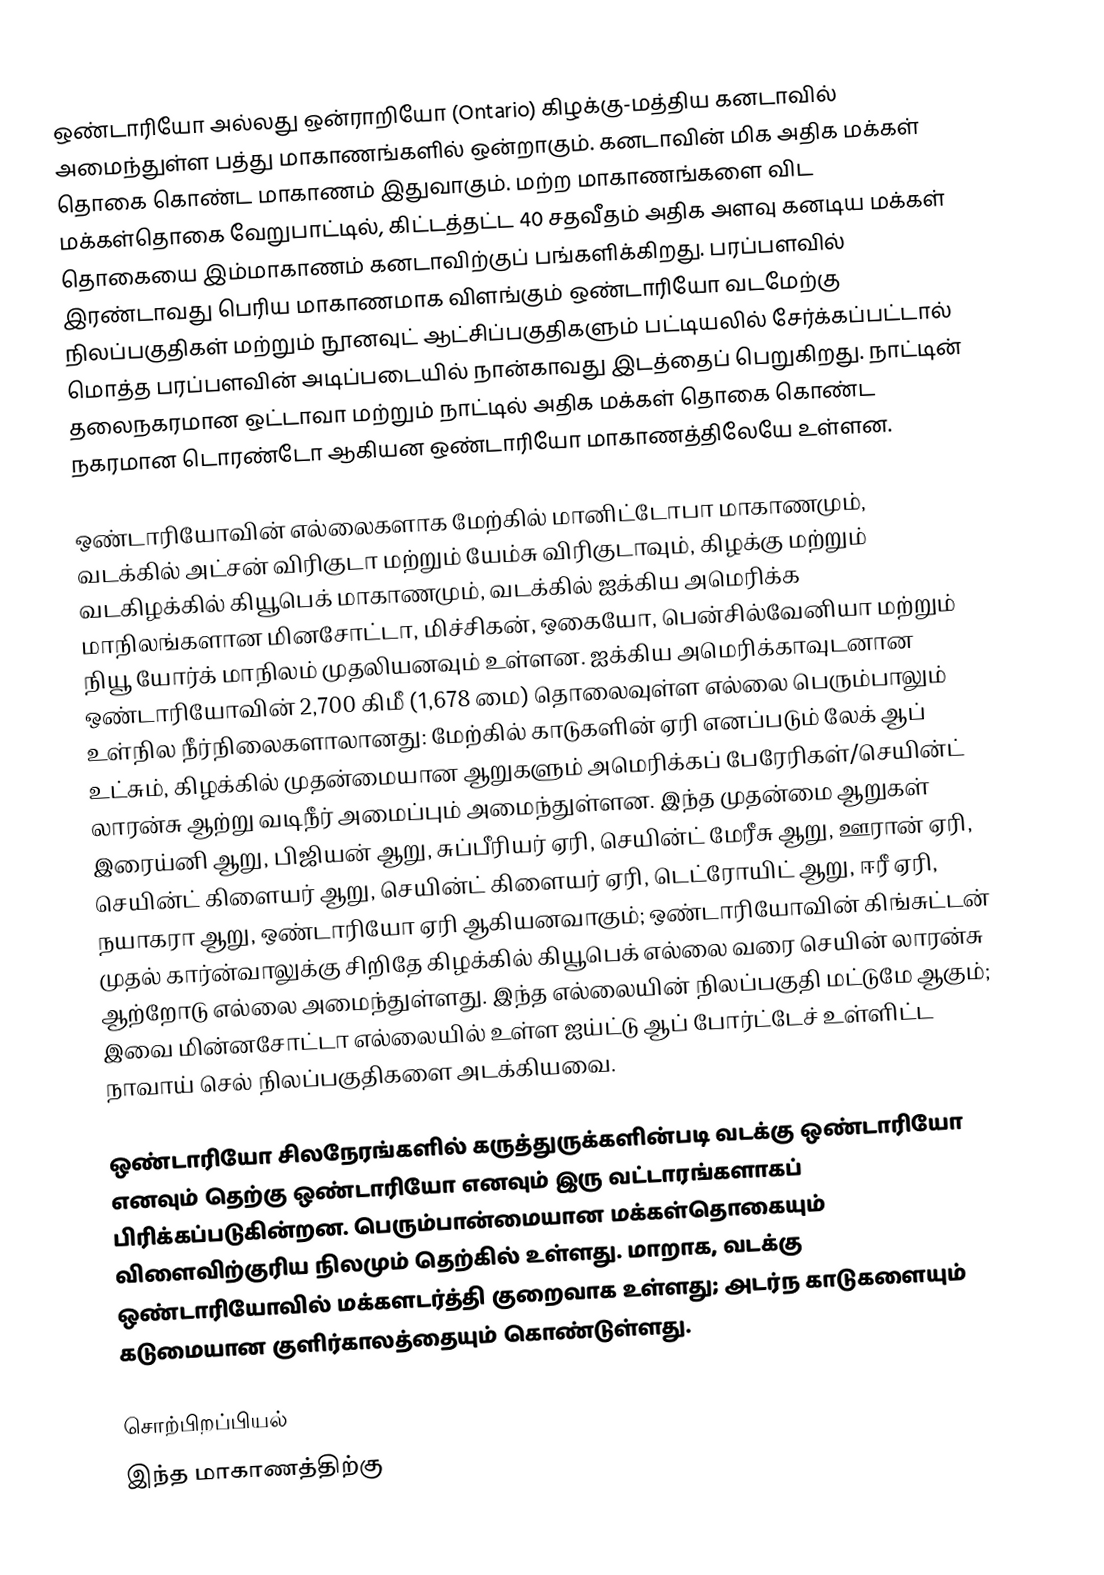
ஒண்டாரியோ அல்லது ஒன்ராறியோ (Ontario) கிழக்கு-மத்திய கனடாவில் அமைந்துள்ள பத்து மாகாணங்களில் ஒன்றாகும். கனடாவின் மிக அதிக மக்கள் தொகை கொண்ட மாகாணம் இதுவாகும். மற்ற மாகாணங்களை விட மக்கள்தொகை வேறுபாட்டில், கிட்டத்தட்ட 40 சதவீதம் அதிக அளவு கனடிய மக்கள் தொகையை இம்மாகாணம் கனடாவிற்குப் பங்களிக்கிறது. பரப்பளவில் இரண்டாவது பெரிய மாகாணமாக விளங்கும் ஒண்டாரியோ வடமேற்கு நிலப்பகுதிகள் மற்றும் நூனவுட் ஆட்சிப்பகுதிகளும் பட்டியலில் சேர்க்கப்பட்டால் மொத்த பரப்பளவின் அடிப்படையில் நான்காவது இடத்தைப் பெறுகிறது. நாட்டின் தலைநகரமான ஒட்டாவா மற்றும் நாட்டில் அதிக மக்கள் தொகை கொண்ட நகரமான டொரண்டோ ஆகியன ஒண்டாரியோ மாகாணத்திலேயே உள்ளன.

ஒண்டாரியோவின் எல்லைகளாக மேற்கில் மானிட்டோபா மாகாணமும், வடக்கில் அட்சன் விரிகுடா மற்றும் யேம்சு விரிகுடாவும், கிழக்கு மற்றும் வடகிழக்கில் கியூபெக் மாகாணமும், வடக்கில் ஐக்கிய அமெரிக்க மாநிலங்களான மினசோட்டா, மிச்சிகன், ஒகையோ, பென்சில்வேனியா மற்றும் நியூ யோர்க் மாநிலம் முதலியனவும் உள்ளன. ஐக்கிய அமெரிக்காவுடனான ஒண்டாரியோவின்  2,700 கிமீ (1,678 மை) தொலைவுள்ள எல்லை பெரும்பாலும் உள்நில நீர்நிலைகளாலானது: மேற்கில் காடுகளின் ஏரி எனப்படும் லேக் ஆப் உட்சும், கிழக்கில் முதன்மையான ஆறுகளும் அமெரிக்கப் பேரேரிகள்/செயின்ட் லாரன்சு ஆற்று வடிநீர் அமைப்பும்  அமைந்துள்ளன. இந்த  முதன்மை ஆறுகள் இரைய்னி ஆறு, பிஜியன் ஆறு, சுப்பீரியர் ஏரி, செயின்ட் மேரீசு ஆறு, ஊரான் ஏரி, செயின்ட் கிளையர் ஆறு, செயின்ட் கிளையர் ஏரி,  டெட்ரோயிட் ஆறு, ஈரீ ஏரி,  நயாகரா ஆறு, ஒண்டாரியோ ஏரி ஆகியனவாகும்;  ஒண்டாரியோவின் கிங்சுட்டன் முதல் கார்ன்வாலுக்கு சிறிதே கிழக்கில் கியூபெக் எல்லை வரை செயின் லாரன்சு ஆற்றோடு எல்லை அமைந்துள்ளது. இந்த எல்லையின் நிலப்பகுதி  மட்டுமே ஆகும்; இவை  மின்னசோட்டா எல்லையில் உள்ள ஐய்ட்டு ஆப் போர்ட்டேச் உள்ளிட்ட  நாவாய் செல் நிலப்பகுதிகளை அடக்கியவை.

ஒண்டாரியோ சிலநேரங்களில் கருத்துருக்களின்படி வடக்கு ஒண்டாரியோ எனவும் தெற்கு ஒண்டாரியோ எனவும் இரு வட்டாரங்களாகப் பிரிக்கப்படுகின்றன. பெரும்பான்மையான மக்கள்தொகையும் விளைவிற்குரிய நிலமும் தெற்கில் உள்ளது.  மாறாக, வடக்கு ஒண்டாரியோவில் மக்களடர்த்தி குறைவாக உள்ளது; அடர்ந காடுகளையும் கடுமையான குளிர்காலத்தையும் கொண்டுள்ளது.

சொற்பிறப்பியல்
இந்த மாகாணத்திற்கு